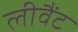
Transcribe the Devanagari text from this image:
लीवैंट